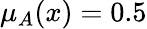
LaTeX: \mu_{A}(x)=0.5